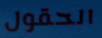
الحقول